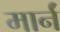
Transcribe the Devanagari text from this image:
मार्नं